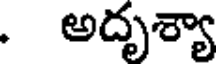
. అదృశ్యా